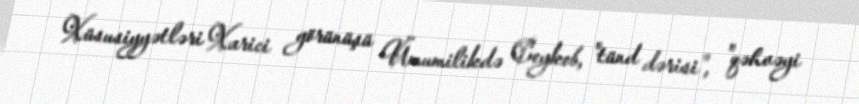
Xüsusiyyətləri Xarici görünüşü Ümumilikdə Ceykob, "tünd dərisi", "qəhvəyi